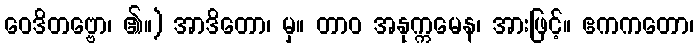
ဝေဒိတဗ္ဗော၊ ၏။) အာဒိတော၊ မှ။ တာဝ အနုက္ကမေန၊ အားဖြင့်။ ဧကကတော၊